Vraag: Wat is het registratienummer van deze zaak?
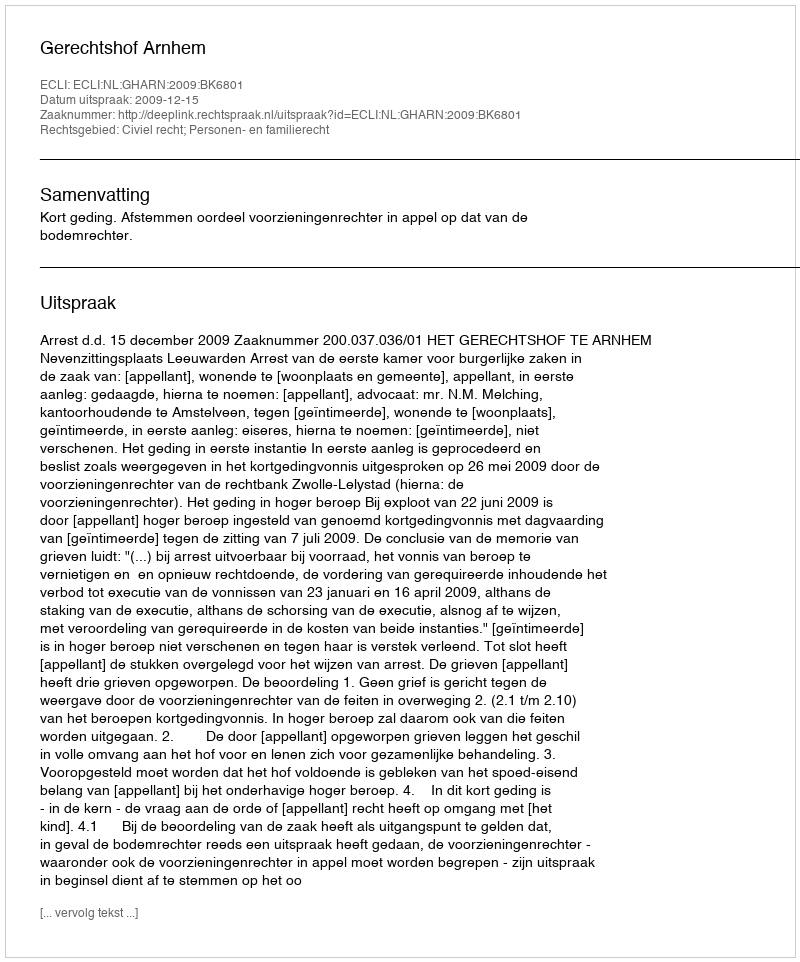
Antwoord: http://deeplink.rechtspraak.nl/uitspraak?id=ECLI:NL:GHARN:2009:BK6801